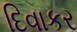
દિવાકર